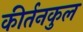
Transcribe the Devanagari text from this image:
कीर्तनकुल